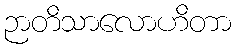
ဉာတိသာလောဟိတာ